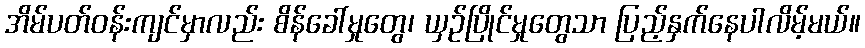
အိမ်ပတ်ဝန်းကျင်မှာလည်း စိန်ခေါ်မှုတွေ၊ ယှဥ်ပြိုင်မှုတွေသာ ပြည့်နှက်နေပါလိမ့်မယ်။